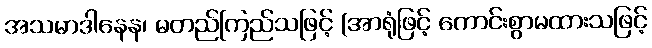
အသမာဒါနေန၊ မတည်ကြည်သဖြင့် (အာရုံဖြင့် ကောင်းစွာမထားသဖြင့်